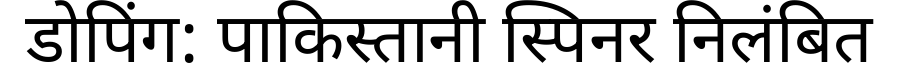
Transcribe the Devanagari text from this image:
डोपिंग: पाकिस्तानी स्पिनर निलंबित